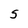
Character: S